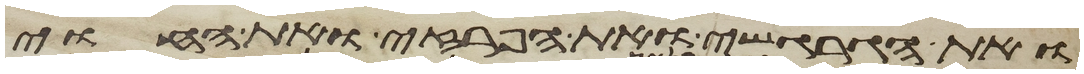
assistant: ואת הגרגשי ואת הפרזי ואת החוי